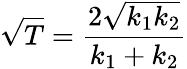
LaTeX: {\sqrt{T}}={\frac{2{\sqrt{k_{1}k_{2}}}}{k_{1}+k_{2}}}